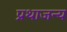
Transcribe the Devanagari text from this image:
प्रथाजन्य